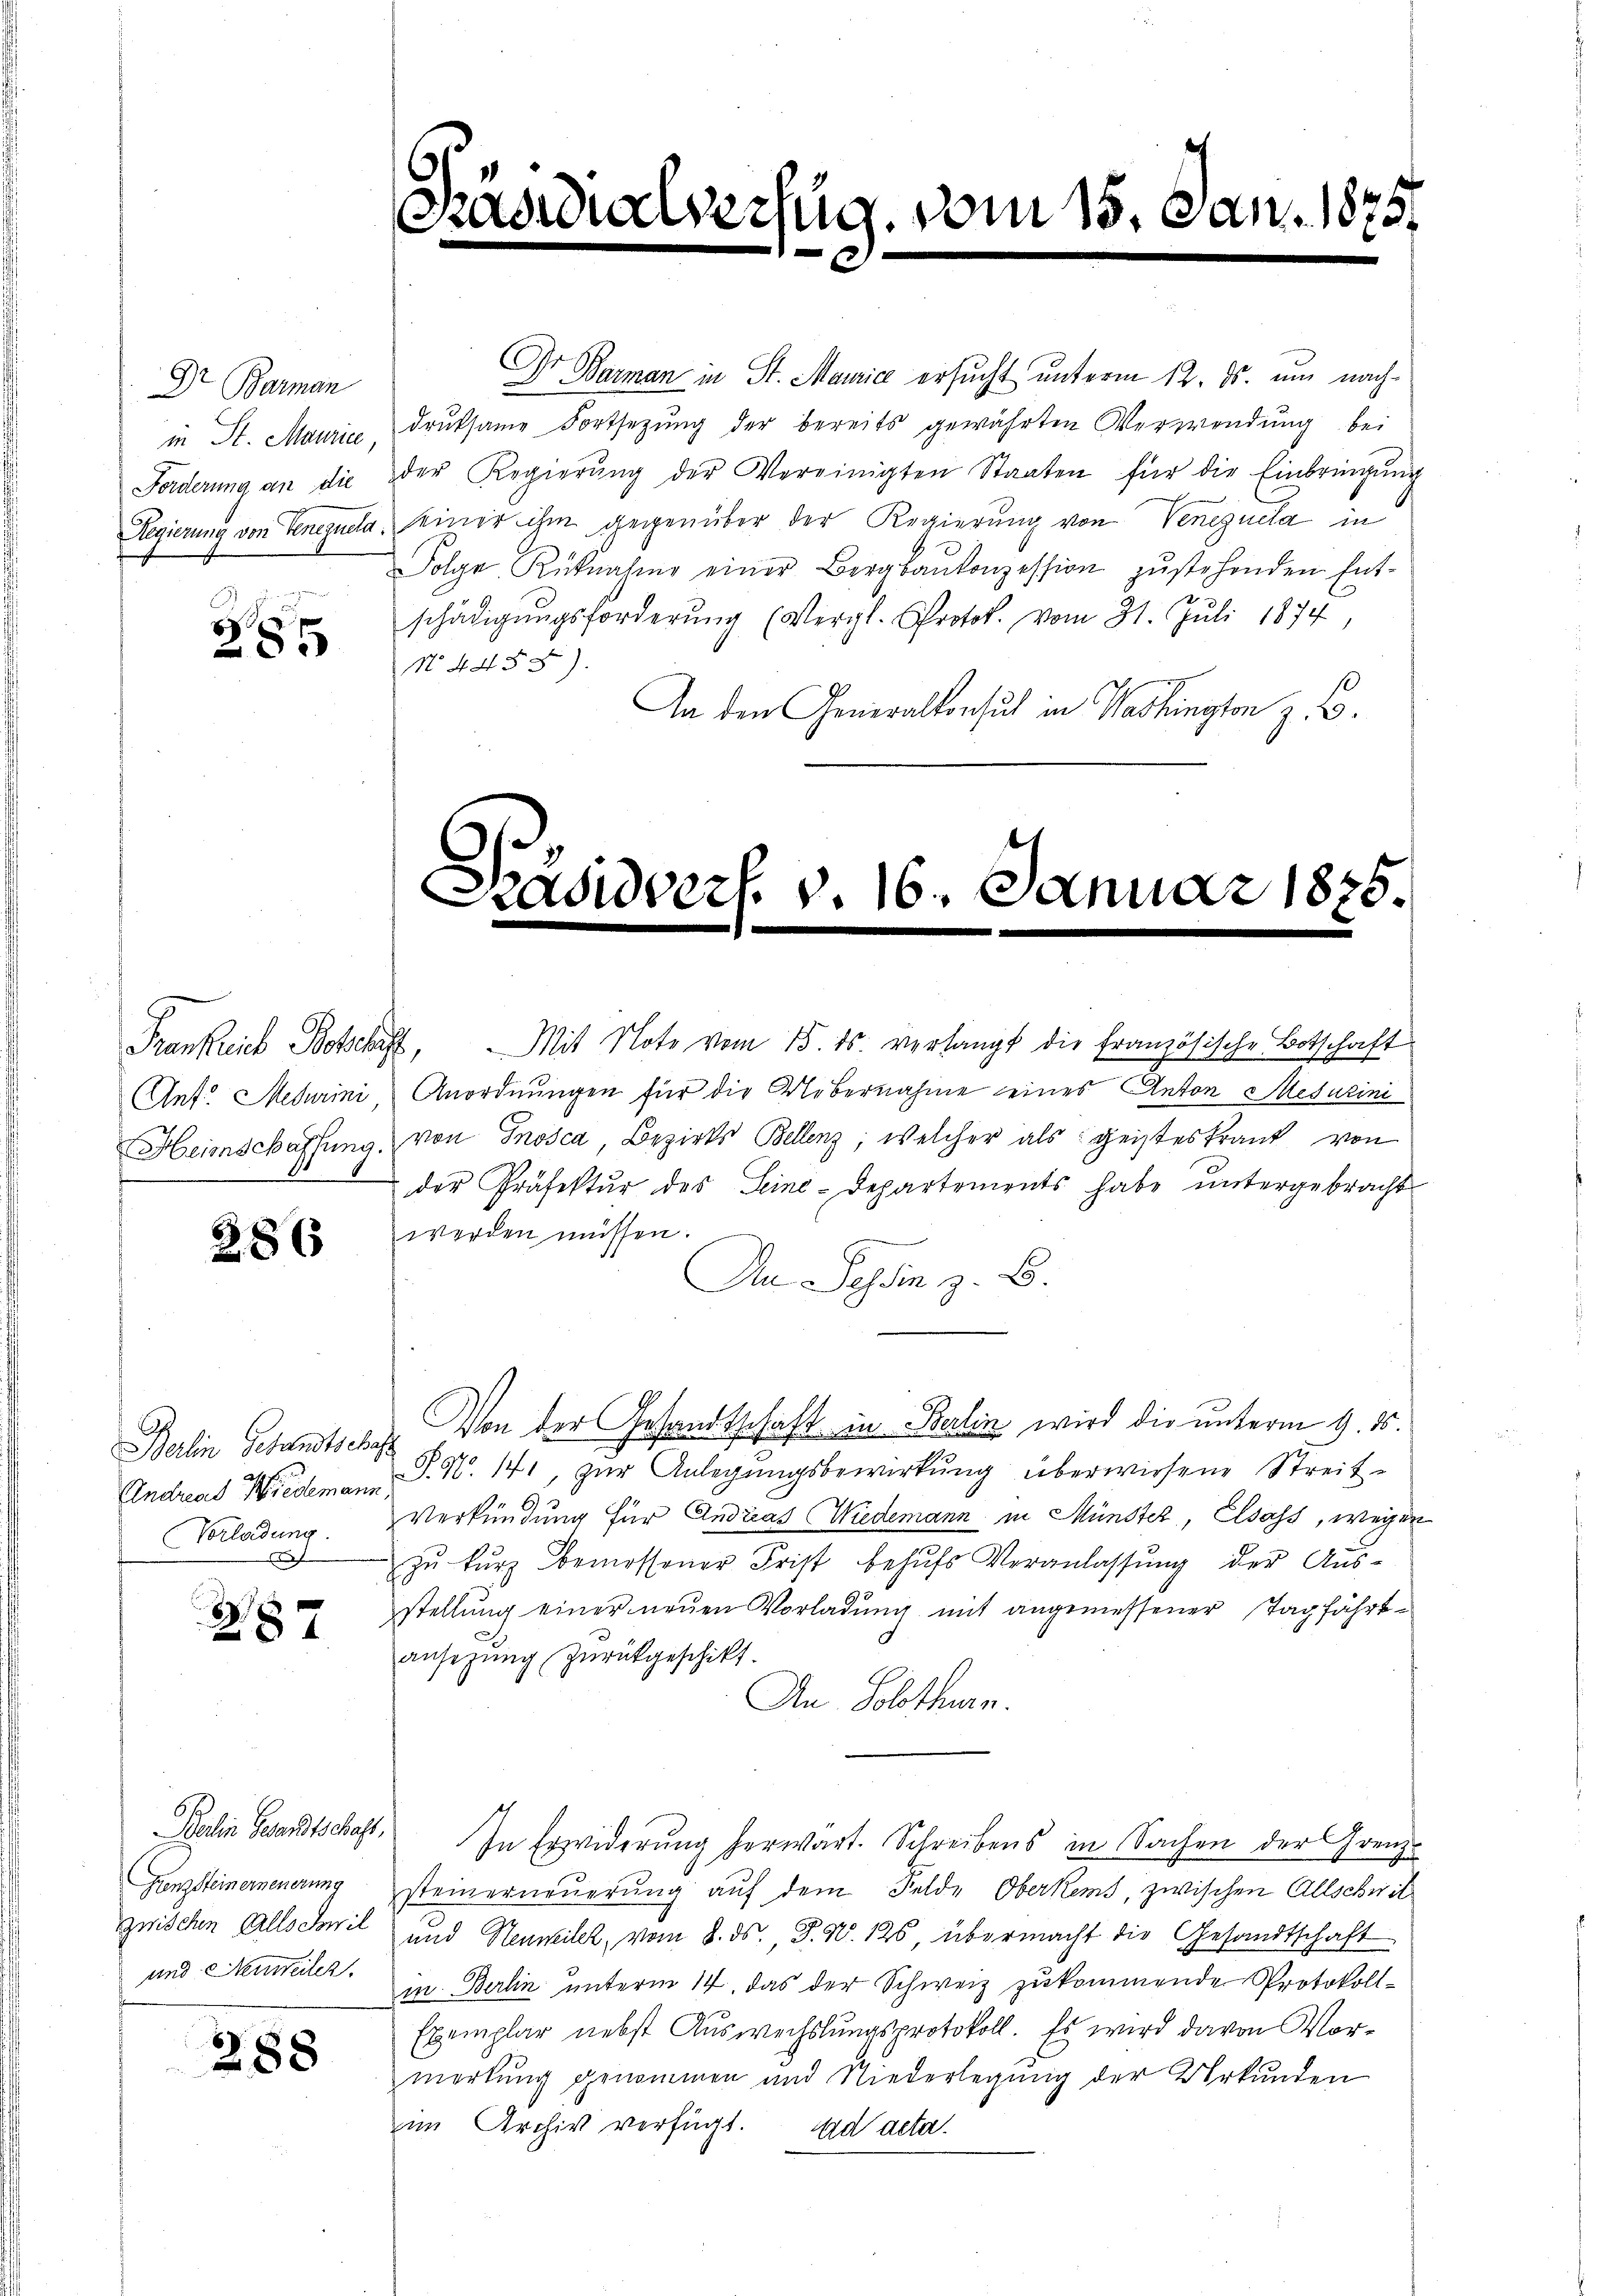
Dr Barman

Dr Barman in St. Maurice ersucht unterm 12. ds. um nachin St. Maurić, druksame Fortsetzŭng der bereits gewährten Verwendung bei
Forderŭng an die der Regierŭng der Vereinigten Staaten für die Einbringŭng
.
Regierung von Tenezuela, einer ihm gegenüber der Regierung von Veneguela in
Folge Rücknahme einer Bergbaŭkonzession zŭstehenden Ent-
20
schädigungsforderung (Vergl. Protok. vom 31. Juli 1874,
385
N. 4455).
An den Generalkonsuch in Washington z. B.

Frankreich Beschaft,

286

Vorladung.
f

387

Grenzsteinerneuerung
und Neunweilen.

288

Mit Note vom 15. ds. verlangt die französische Botschaft
Ant. Medurini Anordnungen für die Uebernahme eines Anton Mesuzini
Heimschaffŭng von Inosca, Bezirks Bellenz, welcher als geisteskrank von
der Präfektur des Seine-Departements habe untergebracht
werden müssen.
wie
An Tessin z. B.
Berlin Gesandtsche Von der Gesandtschaft in Berlin wird die unterm 9. ds.
Endreas Wiedemann P. N. 141, zur Anlegungsbewirkung überwiesene Streit¬
Verkündung für Andreas (Wiedemann in Münster, Elsass, wegen
zŭ kŭrz bemessener Frist behŭfs Veranlassŭng der Aus-
stellung einer neuen Vorladung mit angemessener Tagfahrtansetzung zurückgeschikt.
An Solothurn.
Balin Gesandtschaft. In Erwiderung herwart. Schreibens in Sachen der Grenzsteinerneuerung auf dem Felde Oberkens, zwischen Allschwil
zwischen Allschwil und Stenneilet, vom 8. ds., P. N. 126, übermacht die Gesandtschaft
in Berlin unterm 14. das der Schweiz zukommende Protokoll¬
Exemplar nebst Auswechslungsprotokoll. Es wird davon Vormerkung genommen und Niederlegung der Urkunden
im Archiv verfügt. ad acta.

Präsidialverzug. vom 15. Jan. 1875.

.
Scasiovers. v. 16. Januar 1875.
e